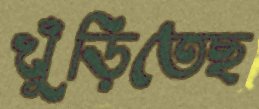
খুঁড়িতেছ